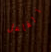
الفاعل